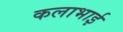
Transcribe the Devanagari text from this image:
कलाभाई